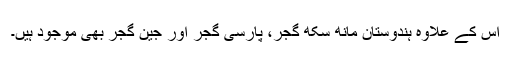
اس کے علاوہ ہندوستان مانھ سکھ گجر، پارسی گجر اور جین گجر بھی موجود ہیں۔